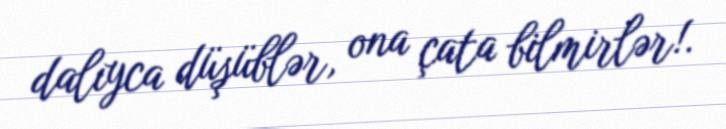
dalıyca düşüblər, ona çata bilmirlər!.